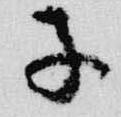
子